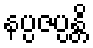
နပ္ပဇပ္ပန္တိ